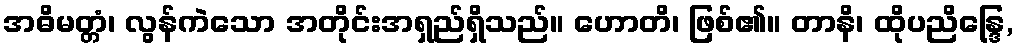
အဓိမတ္တံ၊ လွန်ကဲသော အတိုင်းအရှည်ရှိသည်။ ဟောတိ၊ ဖြစ်၏။ တာနိ၊ ထိုပညိန္ဒြေ,